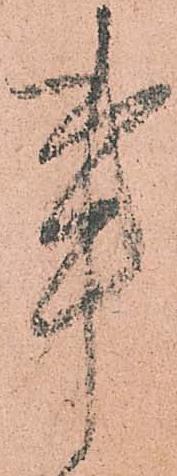
事